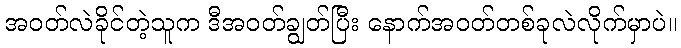
အဝတ်လဲခိုင်တဲ့သူက ဒီအဝတ်ချွတ်ပြီး နောက်အဝတ်တစ်ခုလဲလိုက်မှာပဲ။